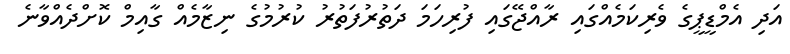
އަދި އެމްޑީޕީގެ ވެރިކަމެއްގައި ރާއްޖޭގައި ފުރިހަމަ ދަތުރުފަތުރު ކުރުމުގެ ނިޒާމެއް ގާއިމް ކޮށްދެއްވާނެ